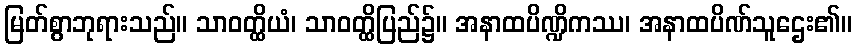
မြတ်စွာဘုရားသည်။ သာဝတ္ထိယံ၊ သာဝတ္ထိပြည်၌။ အနာထပိဏ္ဍိကဿ၊ အနာထပိဏ်သူဌေး၏။